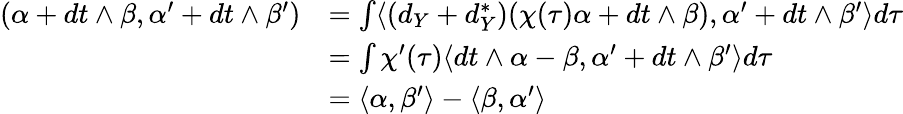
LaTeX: \begin{array}{rl}{(\alpha+dt\wedge\beta,\alpha^{\prime}+dt\wedge\beta^{\prime})}&{=\int\langle(d_{Y}+d_{Y}^{*})(\chi(\tau)\alpha+dt\wedge\beta),\alpha^{\prime}+dt\wedge\beta^{\prime}\rangle d\tau}\\ &{=\int\chi^{\prime}(\tau)\langle dt\wedge\alpha-\beta,\alpha^{\prime}+dt\wedge\beta^{\prime}\rangle d\tau}\\ &{=\langle\alpha,\beta^{\prime}\rangle-\langle\beta,\alpha^{\prime}\rangle}\end{array}